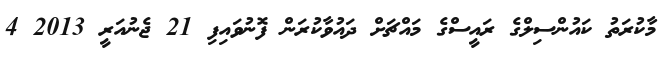
މާކުރަތު ކައުންސިލްގެ ރައީސްގެ މައްޗަށް ދައުވާކުރަން ފޮނުވައިފި 21 ޖެނުއަރީ 2013 4